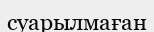
суарылмаған